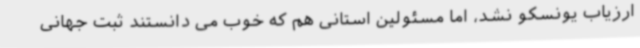
ارزیاب یونسکو نشد، اما مسئولین استانی هم که خوب می دانستند ثبت جهانی